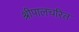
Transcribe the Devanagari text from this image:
श्रीपालचरित